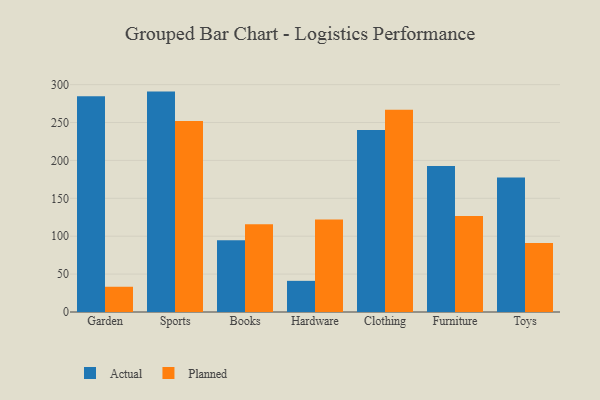
{"axis": {"x": "Category", "y": "Churn Rate (%)"}, "legend": ["Actual", "Planned"], "data": [{"x": "Garden", "y": 284.8, "type": "Actual"}, {"x": "Garden", "y": 33.3, "type": "Planned"}, {"x": "Sports", "y": 290.8, "type": "Actual"}, {"x": "Sports", "y": 252.1, "type": "Planned"}, {"x": "Books", "y": 94.6, "type": "Actual"}, {"x": "Books", "y": 115.8, "type": "Planned"}, {"x": "Hardware", "y": 41.1, "type": "Actual"}, {"x": "Hardware", "y": 122.1, "type": "Planned"}, {"x": "Clothing", "y": 240.1, "type": "Actual"}, {"x": "Clothing", "y": 266.8, "type": "Planned"}, {"x": "Furniture", "y": 192.6, "type": "Actual"}, {"x": "Furniture", "y": 126.7, "type": "Planned"}, {"x": "Toys", "y": 177.5, "type": "Actual"}, {"x": "Toys", "y": 91.2, "type": "Planned"}]}